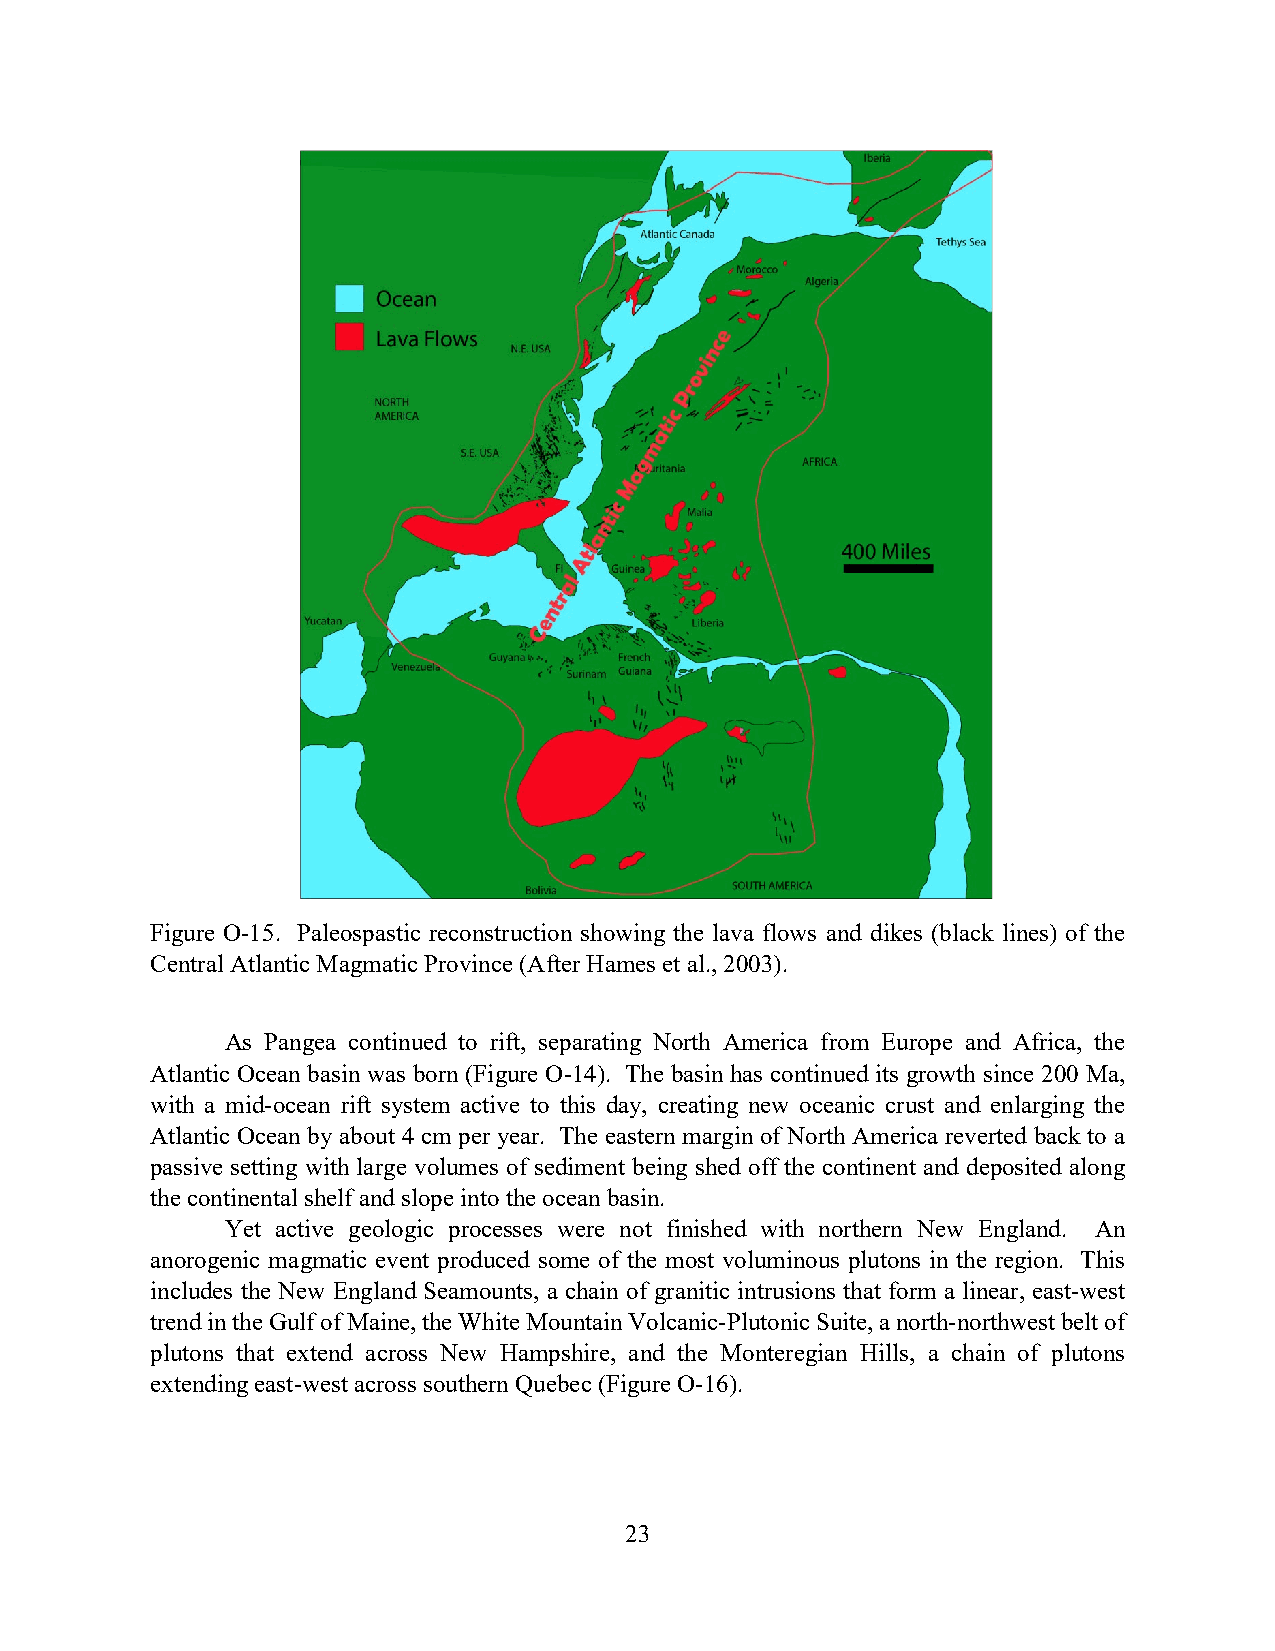
Figure O-15. Paleospastic reconstruction showing the lava flows and dikes (black lines) of the
 Central Atlantic Magmatic Province (After Hames et al., 2003).
 As Pangea continued to rift, separating North America from Europe and Africa, the
 Atlantic Ocean basin was born (Figure O-14). The basin has continued its growth since 200 Ma,
 with a mid-ocean rift system active to this day, creating new oceanic crust and enlarging the
 Atlantic Ocean by about 4 cm per year. The eastern margin of North America reverted back to a
 passive setting with large volumes of sediment being shed off the continent and deposited along
 the continental shelf and slope into the ocean basin.
 Yet active geologic processes were not finished with northern New England. An
 anorogenic magmatic event produced some of the most voluminous plutons in the region. This
 includes the New England Seamounts, a chain of granitic intrusions that form a linear, east-west
 trend in the Gulf of Maine, the White Mountain Volcanic-Plutonic Suite, a north-northwest belt of
 plutons that extend across New Hampshire, and the Monteregian Hills, a chain of plutons
 extending east-west across southern Quebec (Figure O-16).
 23